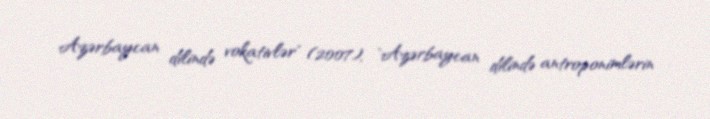
Azərbaycan dilində vokativlər" (2007), "Azərbaycan dilində antroponimlərin